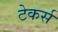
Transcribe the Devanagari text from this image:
टेकर्स